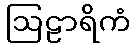
ဩဠာရိကံ